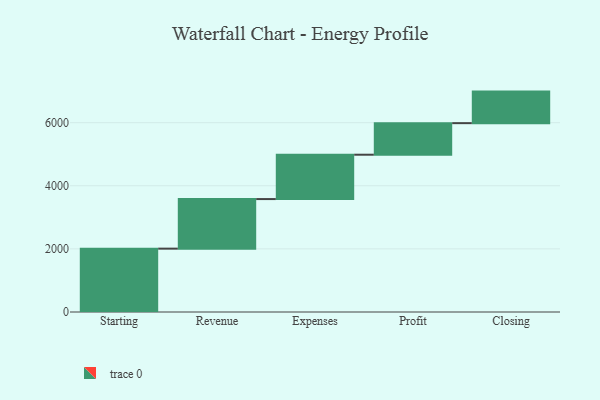
{"axis": {"x": "Step", "y": "Value"}, "legend": [""], "data": [{"x": "Starting", "y": 2008.0, "type": ""}, {"x": "Revenue", "y": 1571.0, "type": ""}, {"x": "Expenses", "y": 1406.0, "type": ""}, {"x": "Profit", "y": 1000, "type": ""}, {"x": "Closing", "y": 1000, "type": ""}]}